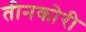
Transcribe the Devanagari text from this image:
तीनकोरी